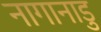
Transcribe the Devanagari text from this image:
नागानाडु